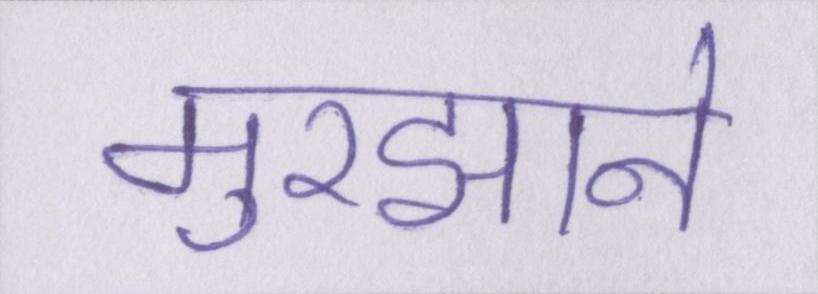
मुरझाने